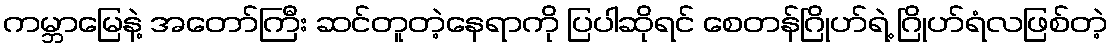
ကမ္ဘာမြေနဲ့ အတော်ကြီး ဆင်တူတဲ့နေရာကို ပြပါဆိုရင် စေတန်ဂြိုဟ်ရဲ့ ဂြိုဟ်ရံလဖြစ်တဲ့